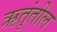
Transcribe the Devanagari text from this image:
ऋतूंतील